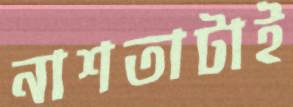
নাশতাটাই